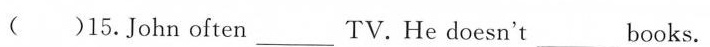
( )15.John often_________TV.He doesn't_________books.